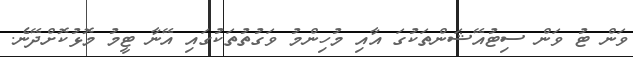
ވަން ޓު ވަން ސިޓުއޭޝަންތަކުގަ އާއި މުހިންމު ވަގުތުތަކުގައި އޭނާ ޓީމު މޮޅުކޮށްދޭނެ.